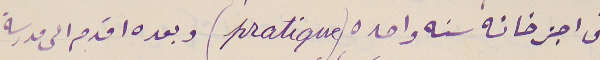
في اجزخانه سنه واحده (pratique)  وبعده اقدم الى مدرسة